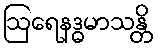
ဩရေနဒ္ဓမာသန္တိ